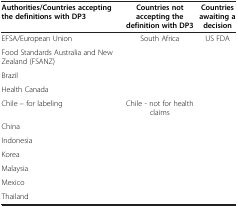
| Authorities/Countries accepting the definitions with DP3 | Countries not accepting the definition with DP3 | Countries awaiting a decision |
 | --- | --- | --- |
 | EFSA/European Union | South Africa | US FDA |
 | Food Standards Australia and New Zealand (FSANZ) |  |  |
 | Brazil |  |  |
 | Health Canada |  |  |
 | Chile – for labeling | Chile - not for health claims |  |
 | China |  |  |
 | Indonesia |  |  |
 | Korea |  |  |
 | Malaysia |  |  |
 | Mexico |  |  |
 | Thailand |  |  |